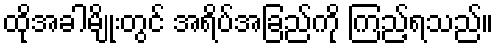
ထိုအခါမျိုးတွင် အရိပ်အခြည်ကို ကြည့်ရသည်။